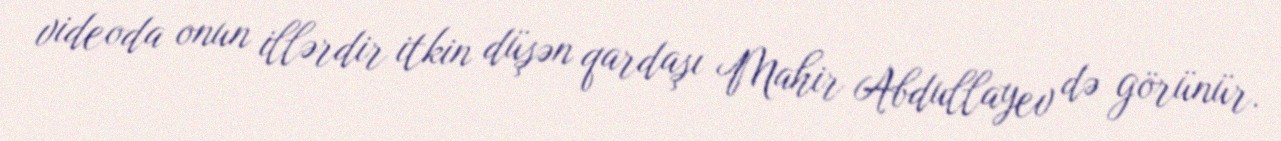
videoda onun illərdir itkin düşən qardaşı Mahir Abdullayev də görünür.